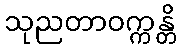
သုညတာဝက္ကန္တိ